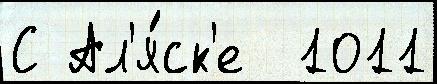
С Ал'я́ск'е  1011